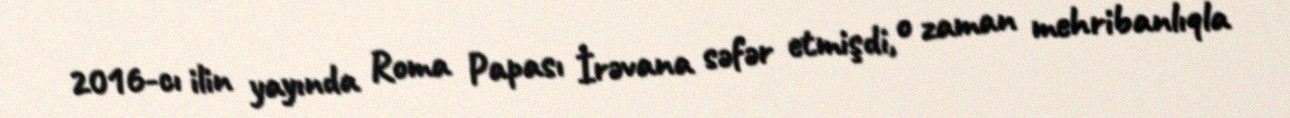
2016-cı ilin yayında Roma Papası İrəvana səfər etmişdi, o zaman mehribanlıqla